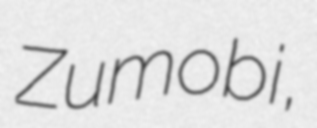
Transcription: Zumobi,